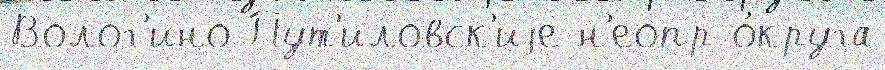
Волог'ино Пут'иловск'иjе н'еопр о́круга